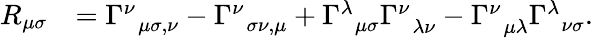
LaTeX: \begin{array}{rl}{R_{\mu\sigma}}&{=\Gamma_{\, \, \, \mu\sigma,\nu}^{\nu}-\Gamma_{\, \, \, \sigma\nu,\mu}^{\nu}+\Gamma_{\, \, \, \mu\sigma}^{\lambda}\Gamma_{\, \, \, \lambda\nu}^{\nu}-\Gamma_{\, \, \, \mu\lambda}^{\nu}\Gamma_{\, \, \, \nu\sigma}^{\lambda}.}\end{array}